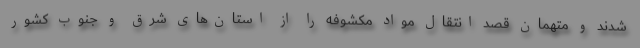
شدند و متهمان قصد انتقال مواد مکشوفه را از استان‌های شرق و جنوب کشور